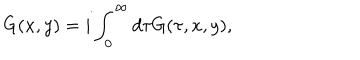
LaTeX: G ( x , y ) = i \int _ { 0 } ^ { \infty } d \tau G ( \tau , x , y ) ,